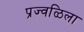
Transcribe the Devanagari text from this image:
प्रज्वळिला